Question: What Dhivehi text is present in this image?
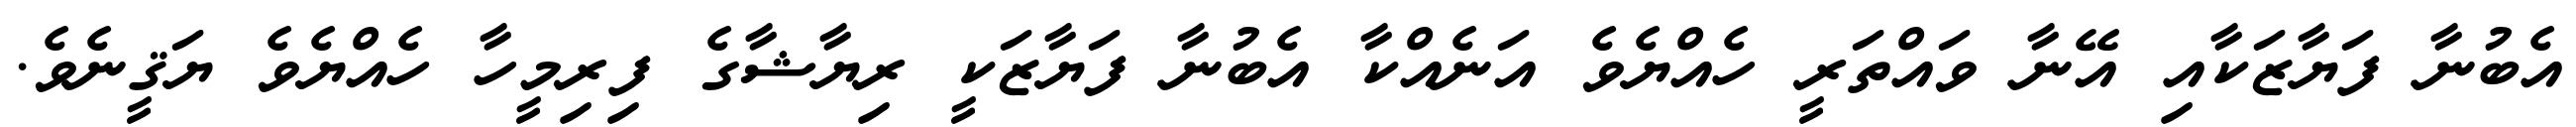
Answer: އެބުނާ ފަޔާޒަކާއި އޭނާ ވައްތަރީ ހެއްޔެވެ އަނެއްކާ އެބުނާ ފަޔާޒަކީ ރިޔާޝާގެ ފިރިމީހާ ހެއްޔެވެ ޔަޤީނެވެ.